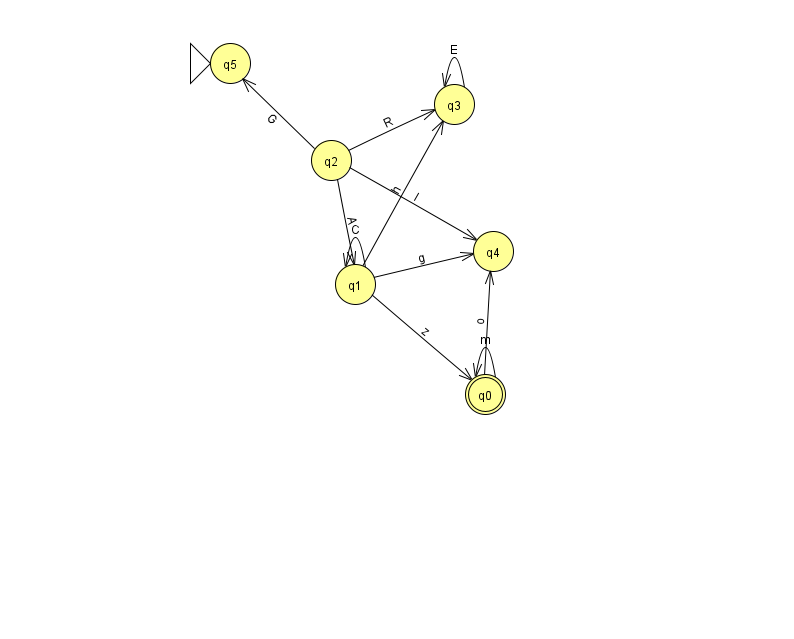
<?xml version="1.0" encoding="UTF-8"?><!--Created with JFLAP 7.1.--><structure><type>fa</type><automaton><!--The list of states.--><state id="0" name="q0"><x>485.0</x><y>381.0</y><final/></state><state id="1" name="q1"><x>355.0</x><y>271.0</y></state><state id="2" name="q2"><x>331.0</x><y>147.0</y></state><state id="3" name="q3"><x>454.0</x><y>91.0</y></state><state id="4" name="q4"><x>493.0</x><y>238.0</y></state><state id="5" name="q5"><x>230.0</x><y>50.0</y><initial/></state><!--The list of transitions.--><transition><from>2</from><to>5</to><read>G</read></transition><transition><from>1</from><to>3</to><read>h</read></transition><transition><from>1</from><to>1</to><read>C</read></transition><transition><from>1</from><to>4</to><read>g</read></transition><transition><from>2</from><to>3</to><read>R</read></transition><transition><from>2</from><to>4</to><read>I</read></transition><transition><from>3</from><to>3</to><read>E</read></transition><transition><from>1</from><to>0</to><read>z</read></transition><transition><from>0</from><to>4</to><read>o</read></transition><transition><from>2</from><to>1</to><read>A</read></transition><transition><from>0</from><to>0</to><read>m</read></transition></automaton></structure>